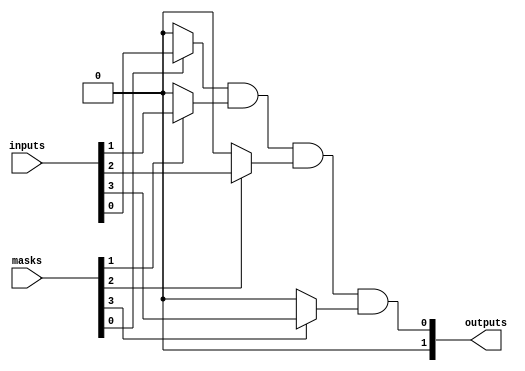
module MaskedPAL (
    input wire [N-1:0] inputs,      // N inputs
    input wire [M-1:0] masks,       // M masks for AND gates
    output wire [P-1:0] outputs      // P outputs
);

// Parameters
parameter N = 8; // Number of inputs
parameter M = 4; // Number of AND gates
parameter P = 2; // Number of outputs

// Internal wires for AND gate outputs
wire [M-1:0] and_outputs;

// Programmable AND array
genvar i;
generate
    for (i = 0; i < M; i = i + 1) begin : and_array
        assign and_outputs[i] = (masks[i] ? inputs[i] : 1'b0) & 
                                 (masks[i+1] ? inputs[i+1] : 1'b0) & 
                                 (masks[i+2] ? inputs[i+2] : 1'b0) & 
                                 (masks[i+3] ? inputs[i+3] : 1'b0);
    end
endgenerate

// Fixed OR array
assign outputs[0] = and_outputs[0] | and_outputs[1]; // Example OR connections
assign outputs[1] = and_outputs[2] | and_outputs[3]; // Example OR connections

endmodule